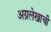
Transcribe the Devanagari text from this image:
अग्रलेखाची